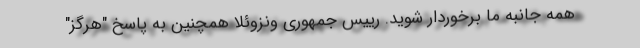
همه جانبه ما برخوردار شوید. رییس جمهوری ونزوئلا همچنین به پاسخ "هرگز"